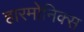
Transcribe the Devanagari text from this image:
हारमोनिक्स